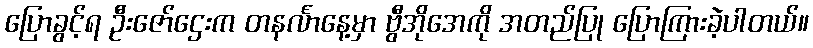
ပြောခွင့်ရ ဦးဇော်ဌေးက တနင်္လာနေ့မှာ ဗွီအိုအေကို အတည်ပြု ပြောကြားခဲ့ပါတယ်။